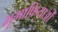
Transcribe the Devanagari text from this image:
भूमाफ़ियाओं